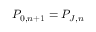
P _ { 0 , n + 1 } = P _ { J , n }